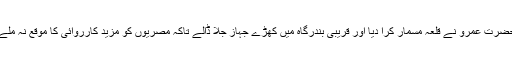
حضرت عمرو نے قلعہ مسمار کرا دیا اور قریبی بندرگاہ میں کھڑے جہاز جلا ڈالے تاکہ مصریوں کو مزید کارروائی کا موقع نہ ملے۔